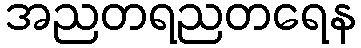
အညတရညတရေန